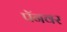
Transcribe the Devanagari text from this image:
पॅनवर